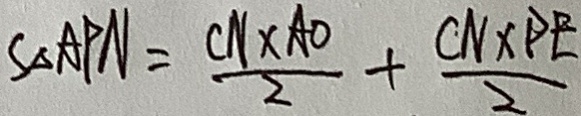
S _ { \Delta } A P N = \frac { C N \times A O } { 2 } + \frac { C N \times D E } { 2 }